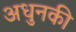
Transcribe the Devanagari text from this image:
अधुनकी